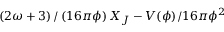
\left( { 2 \omega + 3 } \right) / \left( { 1 6 \pi \phi } \right) X _ { J } - { V ( \phi ) } / { 1 6 \pi \phi ^ { 2 } }